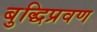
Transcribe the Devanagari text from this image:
बुद्धिप्रवण